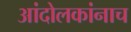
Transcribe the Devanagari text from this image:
आंदोलकांनाच